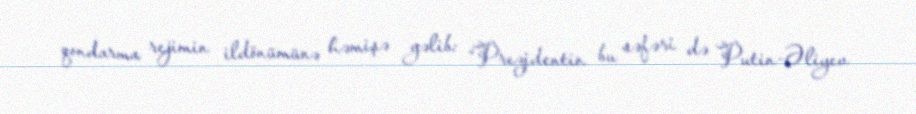
qondarma rejimin ildönümünə həmişə gəlib: “Prezidentin bu səfəri də Putin-Əliyev